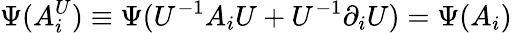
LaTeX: \Psi(A_{i}^{U})\equiv\Psi(U^{-1}A_{i}U+U^{-1}\partial_{i}U)=\Psi(A_{i})